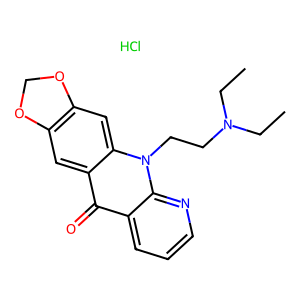
SMILES: CCN(CC)CCn1c2cc3c(cc2c(=O)c2cccnc21)OCO3.Cl
Inhibits HIV replication: No